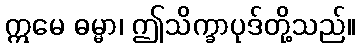
ဣမေ ဓမ္မာ၊ ဤသိက္ခာပုဒ်တို့သည်။